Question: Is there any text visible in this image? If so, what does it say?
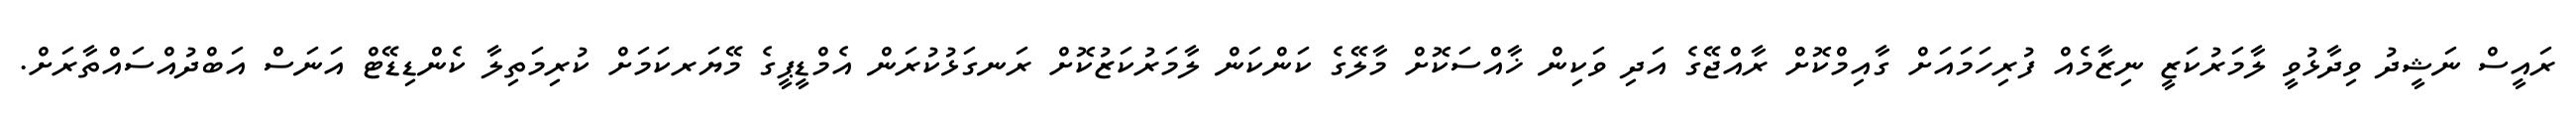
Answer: ރައީސް ނަޝީދު ވިދާޅުވީ ލާމަރުކަޒީ ނިޒާމެއް ފުރިހަމައަށް ގާއިމްކޮށް ރާއްޖޭގެ އަދި ވަކިން ޚާއްސަކޮށް މާލޭގެ ކަންކަން ލާމަރުކަޒުކޮށް ރަނގަޅުކުރަން އެމްޑީޕީގެ މޭޔަރކަމަށް ކުރިމަތިލާ ކެންޑިޑޭޓް އަނަސް އަބްދުއްސައްތާރަށް.